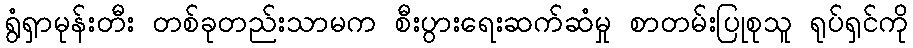
ရွံရှာမုန်းတီး တစ်ခုတည်းသာမက စီးပွားရေးဆက်ဆံမှု စာတမ်းပြုစုသူ ရုပ်ရှင်ကို